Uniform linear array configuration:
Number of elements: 24
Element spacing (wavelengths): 0.25
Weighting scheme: exponential
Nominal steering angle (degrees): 60
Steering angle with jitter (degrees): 59.983
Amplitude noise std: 0.05
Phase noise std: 0.05

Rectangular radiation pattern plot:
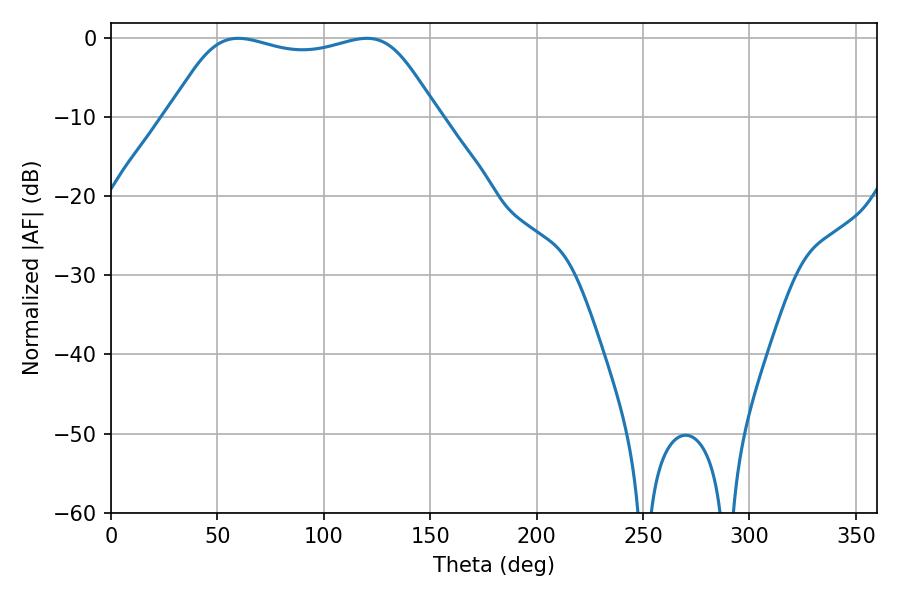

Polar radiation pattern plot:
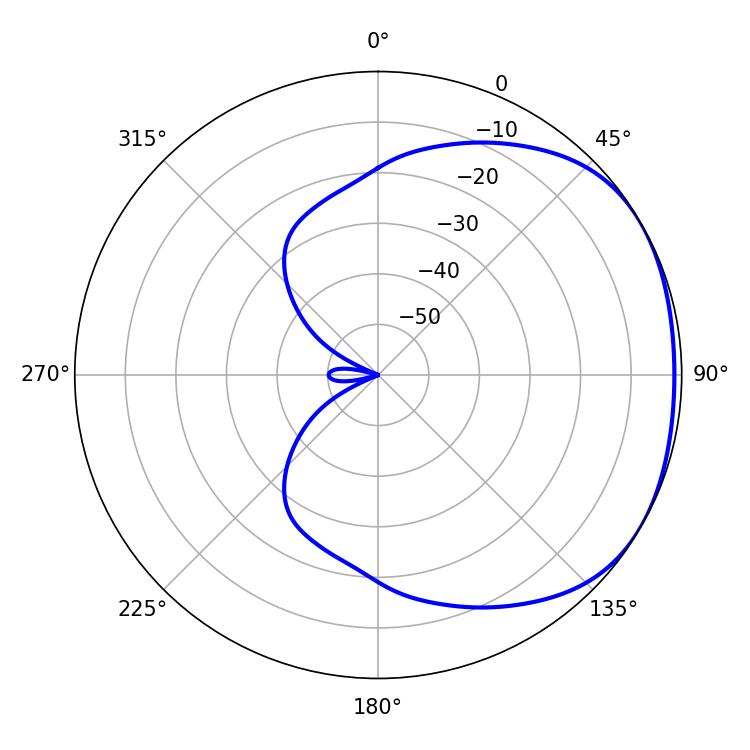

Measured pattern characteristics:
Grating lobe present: FALSE
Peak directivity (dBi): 1.703
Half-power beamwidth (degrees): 97.2
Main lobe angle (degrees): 59.76